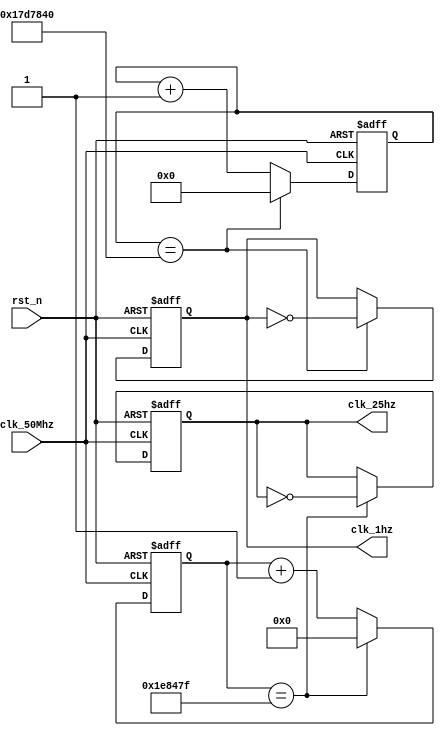
module  clk_div_25hz(clk_50Mhz,rst_n,clk_25hz,clk_1hz);
	input clk_50Mhz,rst_n;
	output reg clk_25hz,clk_1hz;

	parameter NUM = 2000000;
	reg[23:0] cnt;
	reg [24:0] counter;
	always@(posedge clk_50Mhz or negedge rst_n) begin
		if(!rst_n)
			begin
				cnt <= 0;
				clk_25hz <= 0;
			end
		else if(cnt == NUM - 1) 
			begin
				cnt <= 0;
				clk_25hz <= ~clk_25hz;
			end
		else
			cnt <= cnt + 1'b1;
	end
	
	always @(posedge clk_50Mhz or negedge rst_n)begin
	if(!rst_n)begin
		counter <= 25'd0;
		clk_1hz <= 0;
	
	end
	else if(counter == 25000000) begin
		counter <= 25'd0;
		clk_1hz <= ~clk_1hz;
	end
	else
		counter <= counter + 1;		
end

	
endmodule